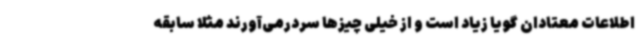
اطلاعات معتادان گویا زیاد است و از خیلی چیزها سردرمی‌آورند مثلا سابقه